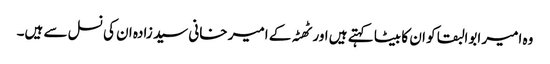
وہ امیر ابوالبقا کو ان کا بیٹا کہتے ہیں اور ٹھٹہ کے امیر خانی سید زادہ ان کی نسل سے ہیں۔